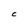
Character: C